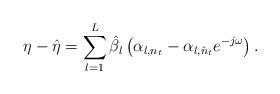
LaTeX: \begin{align*}\eta -\hat \eta = \sum_{l=1}^L \hat\beta_l \left(\alpha_{l,{{n}_t}}- \alpha_{l,{\hat{n}_t}} e^{-j\omega}\right).\end{align*}